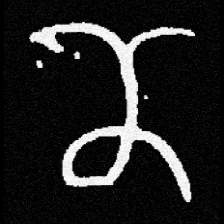
Pyu character \u2014 Myanmar letter: ဏ (romanized: nna)